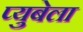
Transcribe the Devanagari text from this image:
प्युबेला